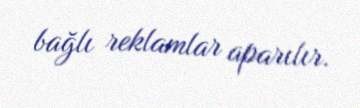
bağlı reklamlar aparılır.